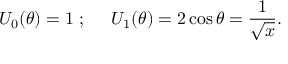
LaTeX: U _ { 0 } ( \theta ) = 1 \; ; \; \; \; \; \; U _ { 1 } ( \theta ) = 2 \cos \theta = \frac { 1 } { \sqrt x } .